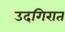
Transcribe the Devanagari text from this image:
उदगिरात